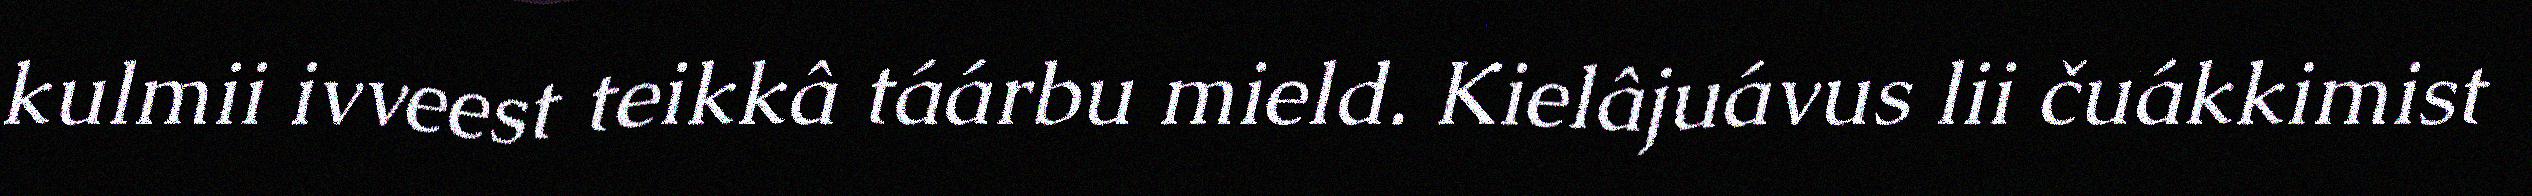
kulmii ivveest teikkâ táárbu mield. Kielâjuávus lii čuákkimist